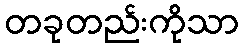
တခုတည်းကိုသာ